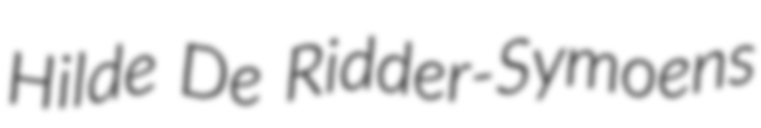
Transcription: Hilde De Ridder-Symoens